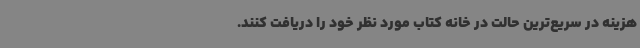
هزینه در سریع‌ترین حالت در خانه کتاب مورد نظر خود را دریافت کنند.